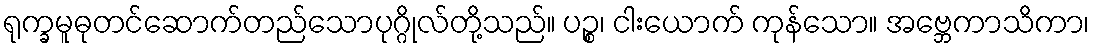
ရုက္ခမူဓုတင်ဆောက်တည်သောပုဂ္ဂိုလ်တို့သည်။ ပဉ္စ၊ ငါးယောက် ကုန်သော။ အဗ္ဘေကာသိကာ၊